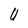
Character: U